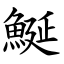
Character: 鯅